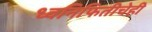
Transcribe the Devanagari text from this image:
ध्वनिफितीचेही